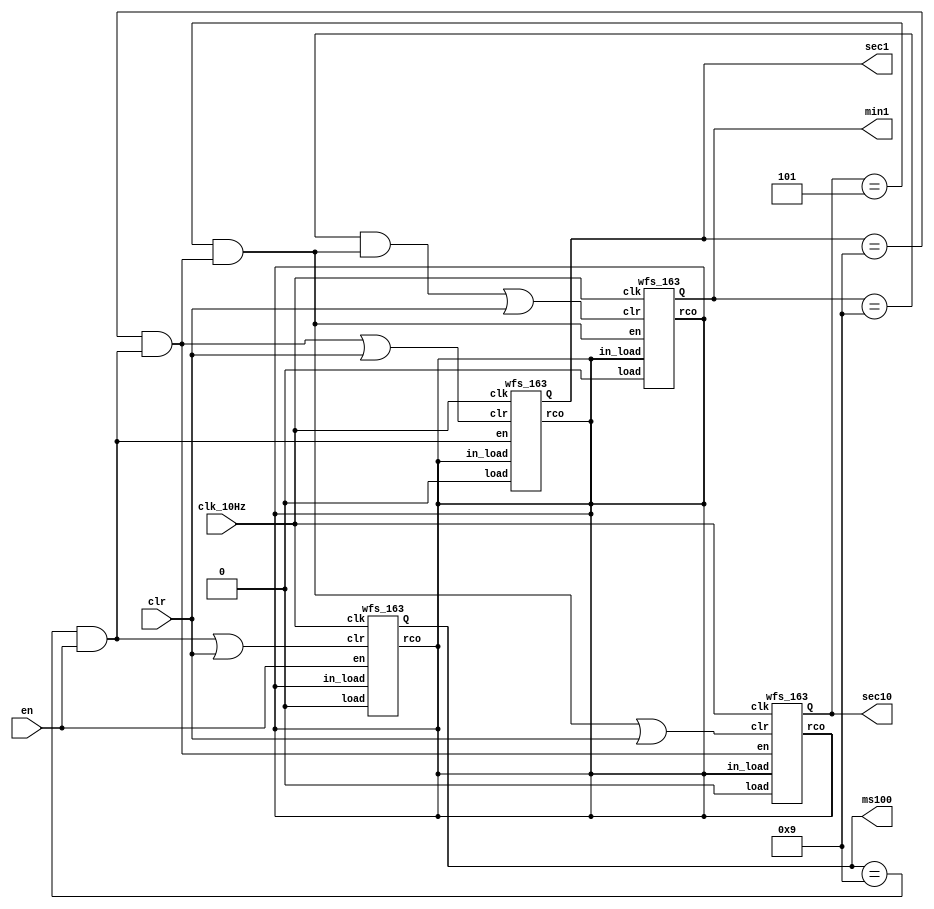
`timescale 1ns / 1ps

module stopwatch_wfs(
    input clk_10Hz, //10Hz,
    input clr,
    input en,
    output [3:0] min1,
    output [3:0] sec10,
    output [3:0] sec1,
    output [3:0] ms100
    );

reg en_10Hz;
reg [6:0] cnt;

wire min1_clr, sec10_clr, sec1_clr, ms100_clr;
wire min10_en, min1_en, sec10_en, sec1_en, ms100_en;
assign ms100_en = en;
assign sec1_en = (ms100==9) & ms100_en;
assign sec10_en = (sec1==9) & sec1_en;
assign min1_en = (sec10==5) & sec10_en;
assign min10_en = (min1==9) & min1_en;

assign ms100_clr = sec1_en | clr;
assign sec1_clr = sec10_en | clr;
assign sec10_clr = min1_en | clr;
assign min1_clr = min10_en | clr;

wfs_163 u_min1(
  .clk(clk_10Hz),
  .clr(min1_clr),
  .load(1'b0),
  .en(min1_en),
  .in_load(),
  .rco(),
  .Q(min1)
  );
  
wfs_163 u_sec10(
  .clk(clk_10Hz),
  .clr(sec10_clr),
  .load(1'b0),
  .en(sec10_en),
  .in_load(),
  .rco(),
  .Q(sec10)
  );
  
wfs_163 u_sec1(
  .clk(clk_10Hz),
  .clr(sec1_clr),
  .load(1'b0),
  .en(sec1_en),
  .in_load(),
  .rco(),
  .Q(sec1)
  );
  
wfs_163 u_ms100(
  .clk(clk_10Hz),
  .clr(ms100_clr),
  .load(1'b0),
  .en(ms100_en),
  .in_load(),
  .rco(),
  .Q(ms100)
  );
endmodule

module wfs_163(
    input clk,
    input clr,
    input load,
    input en,
    input [3:0] in_load,
    output rco,
    output [3:0] Q
    );
    
    reg [3:0] cnt;
    
    always @(posedge clk) begin
        if (clr)
            cnt <= 0;
        else
            if (load)
                cnt <= in_load;
            else if (en)
                cnt <= cnt + 1;
    end
    
    assign rco = (cnt == 4'b1111);
    assign Q = cnt;
endmodule